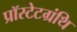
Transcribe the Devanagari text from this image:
प्रॉस्टेटग्रंथि